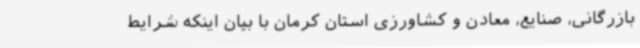
بازرگانی، صنایع، معادن و کشاورزی استان کرمان با بیان اینکه شرایط